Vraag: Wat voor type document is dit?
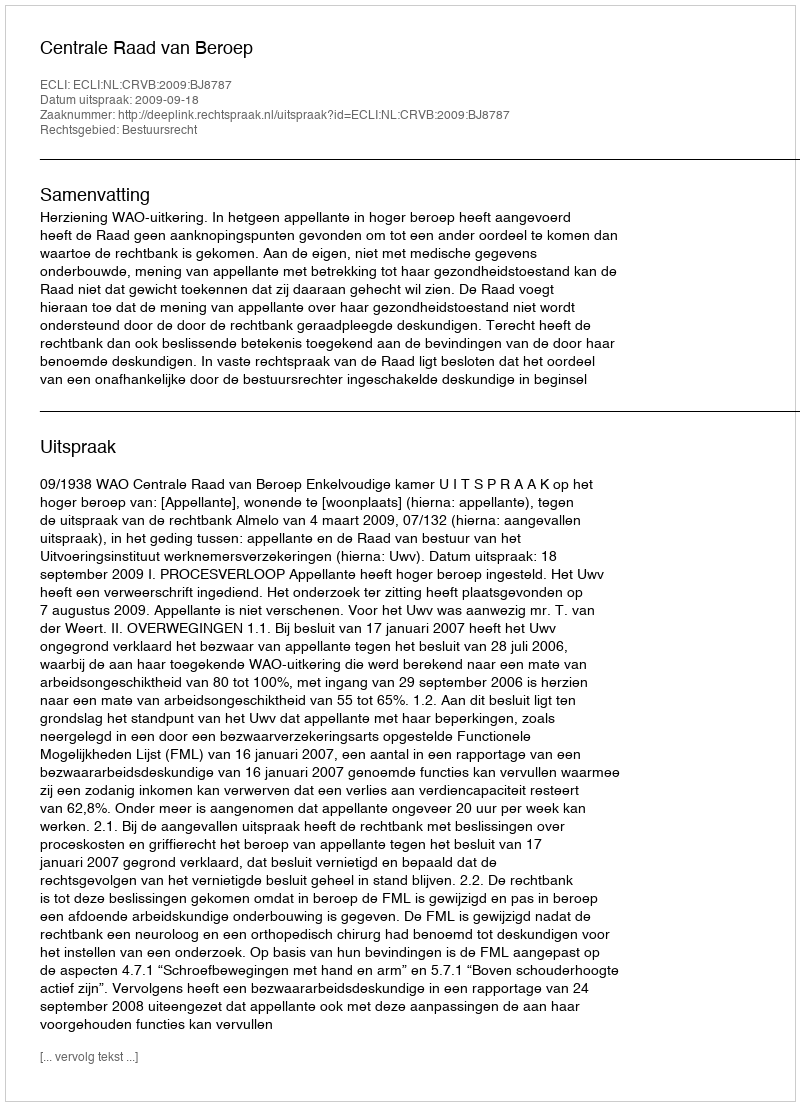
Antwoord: Uitspraak